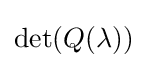
{\text{det}}(Q(\lambda ))